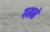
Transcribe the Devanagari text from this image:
गमने